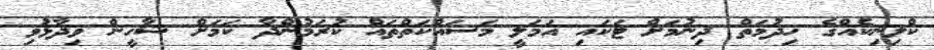
ކްލިނިކެއްގެ ހިދުމަތް ދިނުމަށް ޓަކައި އަމަލީ މަސައްކަތްތައް ކުރަމުންދާ ކަމަށް ޝާހީން ވިދާޅުވި